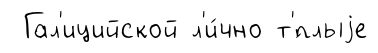
Гал'ицийской л'и́чно т'́плыjе